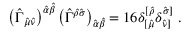
\left( \hat { \Gamma } _ { \hat { \mu } \hat { \nu } } \right) ^ { \hat { \alpha } \hat { \beta } } \left( \hat { \Gamma } ^ { \hat { \rho } \hat { \sigma } } \right) _ { \hat { \alpha } \hat { \beta } } = 1 6 \delta _ { [ \hat { \mu } } ^ { [ \hat { \rho } } \delta _ { \hat { \nu } ] } ^ { \hat { \sigma } ] } \ .